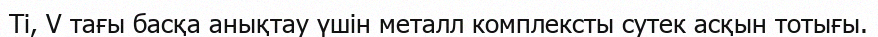
Ti, V тағы басқа анықтау үшін металл комплексты сутек асқын тотығы.